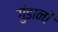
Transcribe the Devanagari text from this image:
गुंडानी